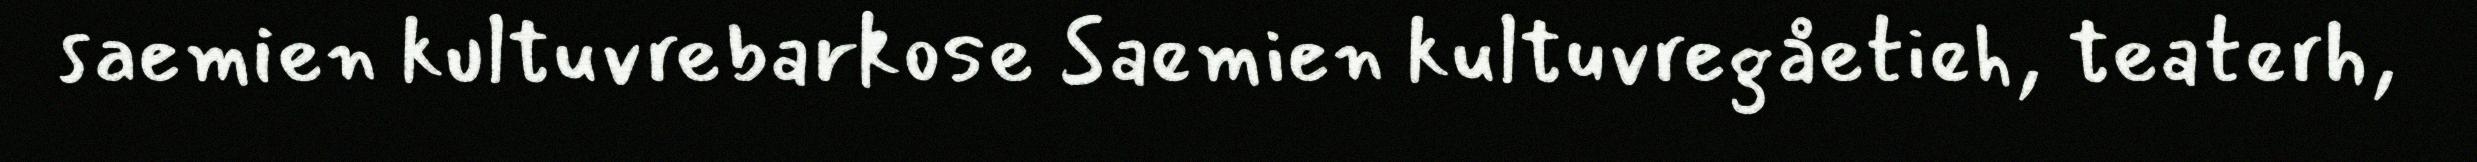
saemien kultuvrebarkose Saemien kultuvregåetieh, teaterh,